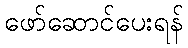
ဖော်ဆောင်ပေးရန်